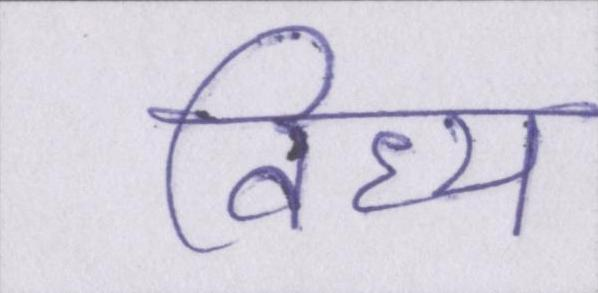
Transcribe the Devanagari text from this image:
विंध्य